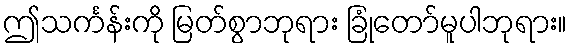
ဤသင်္ကန်းကို မြတ်စွာဘုရား ခြုံတော်မူပါဘုရား။